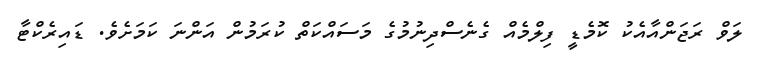
ލަވް ރަޖަންއާއެކު ކޮމެޑީ ފިލްމެއް ގެނެސްދިނުމުގެ މަސައްކަތް ކުރަމުން އަންނަ ކަމަށެވެ. ޑައިރެކްޓާ